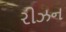
રીઝન